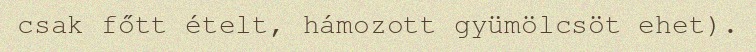
csak főtt ételt, hámozott gyümölcsöt ehet).